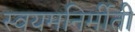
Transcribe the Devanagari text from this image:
स्वयमनिर्मीती